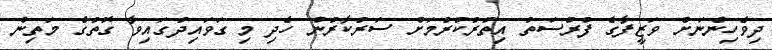
ދިވެހިންނަށް ވަޒީފާގެ ފުރުސަތު އިތުރުކުރުމަށް ސަރުކާރުން ހެދި މި ގަވައިދުގައިވާ ގޮތުގެ މަތިން